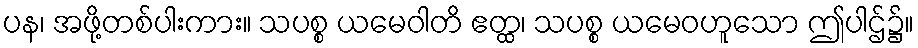
ပန၊ အဖို့တစ်ပါးကား။ သပစ္စ ယမေဝါတိ ဧတ္ထ၊ သပစ္စ ယမေဝဟူသော ဤပါဌ်၌။